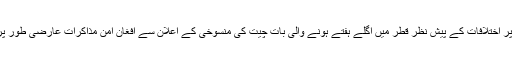
طالبان کی جانب سے ایجنڈا پر اختلافات کے پیش نظر قطر میں اگلے ہفتے ہونے والی بات چیت کی منسوخی کے اعلان سے افغان امن مذاکرات عارضی طور پر تعطل کا شکار ہوگے ہیں ۔